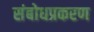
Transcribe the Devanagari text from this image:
संबोधप्रकरण